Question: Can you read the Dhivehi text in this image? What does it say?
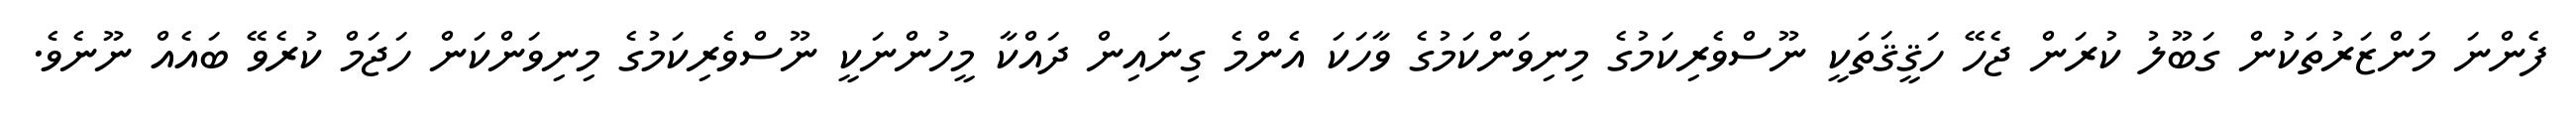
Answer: ފެންނަ މަންޒަރުތަކުން ގަބޫލު ކުރަން ޖެހޭ ހަޤީޤަތަކީ ނޫސްވެރިކަމުގެ މިނިވަންކަމުގެ ވާހަކަ އެންމެ ގިނައިން ދައްކާ މީހުންނަކީ ނޫސްވެރިކަމުގެ މިނިވަންކަން ހަޖަމް ކުރެވޭ ބައެއް ނޫނެވެ.